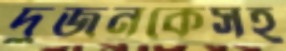
দুজনকেসহ